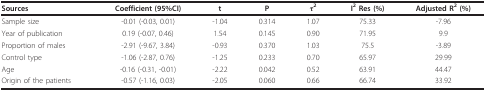
<table><thead><tr><td><b>Sources</b></td><td><b>Coefficient (95%CI)</b></td><td><b>t</b></td><td><b>P </b></td><td><b>τ<sup>2</sup></b></td><td><b>I<sup>2 </sup>Res (%)</b></td><td><b>Adjusted R<sup>2 </sup>(%)</b></td></tr></thead><tbody><tr><td>Sample size</td><td>-0.01 (-0.03, 0.01)</td><td>-1.04</td><td>0.314</td><td>1.07</td><td>75.33</td><td>-7.96</td></tr><tr><td>Year of publication</td><td>0.19 (-0.07, 0.46)</td><td>1.54</td><td>0.145</td><td>0.90</td><td>71.95</td><td>9.9</td></tr><tr><td>Proportion of males</td><td>-2.91 (-9.67, 3.84)</td><td>-0.93</td><td>0.370</td><td>1.03</td><td>75.5</td><td>-3.89</td></tr><tr><td>Control type</td><td>-1.06 (-2.87, 0.76)</td><td>-1.25</td><td>0.233</td><td>0.70</td><td>65.97</td><td>29.99</td></tr><tr><td>Age</td><td>-0.16 (-0.31, -0.01)</td><td>-2.22</td><td>0.042</td><td>0.52</td><td>63.91</td><td>44.47</td></tr><tr><td>Origin of the patients</td><td>-0.57 (-1.16, 0.03)</td><td>-2.05</td><td>0.060</td><td>0.66</td><td>66.74</td><td>33.92</td></tr></tbody></table>